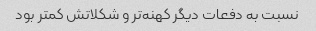
نسبت به دفعات دیگر کهنه‌تر و شکلاتش کمتر بود